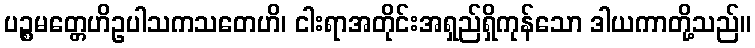
ပဉ္စမတ္တေဟိဥပါသကသတေဟိ၊ ငါးရာအတိုင်းအရှည်ရှိကုန်သော ဒါယကာတို့သည်။